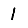
Digit: 1